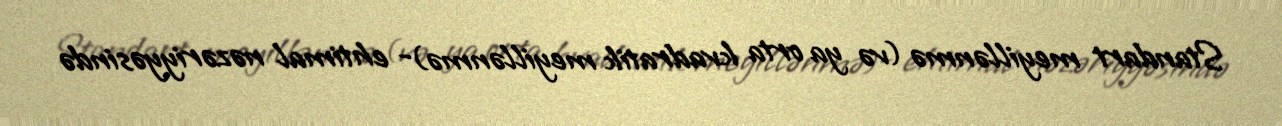
Standart meyillənmə (və ya orta kvadratik meyillənmə)- ehtimal nəzəriyyəsində